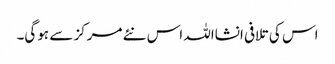
اس کی تلافی انشااللہ اس نئے مرکز سے ہوگی۔